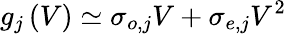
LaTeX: g_{j}\left(V\right)\simeq\sigma_{o,j}V+\sigma_{e,j}V^{2}